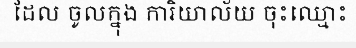
ដែល ចូលក្នុង ការិយាល័យ ចុះឈ្មោះ